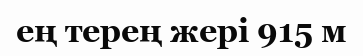
ең терең жері 915 м